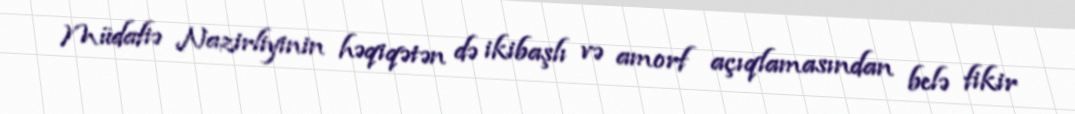
Müdafiə Nazirliyinin həqiqətən də ikibaşlı və amorf açıqlamasından belə fikir